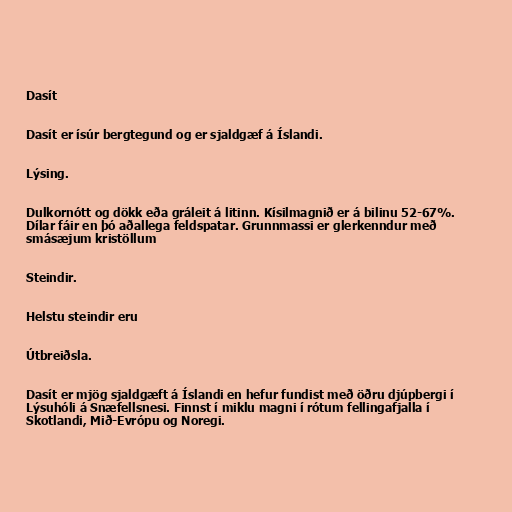
Dasít

Dasít er ísúr bergtegund og er sjaldgæf á Íslandi.

Lýsing.

Dulkornótt og dökk eða gráleit á litinn. Kísilmagnið er á bilinu 52-67%.
Dílar fáir en þó aðallega feldspatar. Grunnmassi er glerkenndur með
smásæjum kristöllum

Steindir.

Helstu steindir eru

Útbreiðsla.

Dasít er mjög sjaldgæft á Íslandi en hefur fundist með öðru djúpbergi í
Lýsuhóli á Snæfellsnesi. Finnst í miklu magni í rótum fellingafjalla í
Skotlandi, Mið-Evrópu og Noregi.